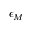
\epsilon _ { M }